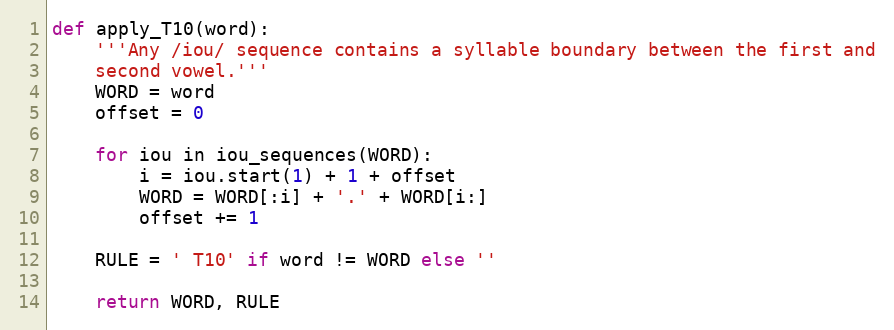
Language: Python
def apply_T10(word):
    '''Any /iou/ sequence contains a syllable boundary between the first and
    second vowel.'''
    WORD = word
    offset = 0

    for iou in iou_sequences(WORD):
        i = iou.start(1) + 1 + offset
        WORD = WORD[:i] + '.' + WORD[i:]
        offset += 1

    RULE = ' T10' if word != WORD else ''

    return WORD, RULE